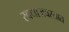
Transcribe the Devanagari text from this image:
स्वधाअवस्तात